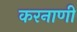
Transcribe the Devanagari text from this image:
करनाणी